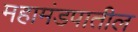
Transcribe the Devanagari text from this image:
महामंडपातील